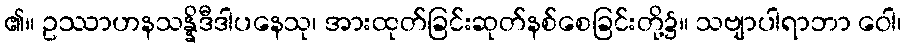
၏။ ဥဿာဟနသန္နိဒီဒါပနေသု၊ အားထုတ်ခြင်းဆုတ်နစ်စေခြင်းတို့၌။ သဗျာပါရာဘာ ဝေါ၊